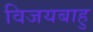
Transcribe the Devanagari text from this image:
विजयबाहु